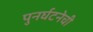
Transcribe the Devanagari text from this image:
पुनर्घटनेची